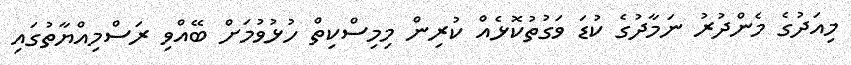
މިއަދުގެ މެންދުރު ނަމާދުގެ ކުޑަ ވަގުތުކޮޅެއް ކުރިން މިމިސްކިތް ހުޅުވުމަށް ބޭއްވި ރަސްމިއްޔާތުގައި